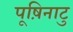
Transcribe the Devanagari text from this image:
पूष़िनाटु